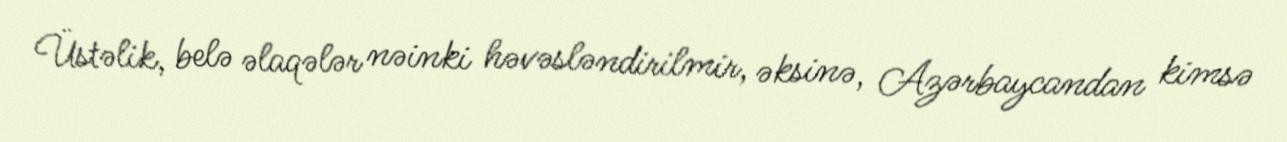
Üstəlik, belə əlaqələr nəinki həvəsləndirilmir, əksinə, Azərbaycandan kimsə